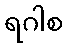
ရဂါစ